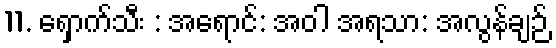
11. ရှောက်သီး : အရောင်: အဝါ အရသာ: အလွန်ချဉ်